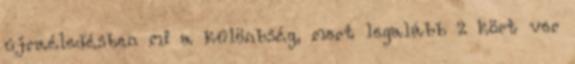
újraéledésben mi a különbség, mert legalább 2 kört ver